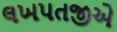
લખપતજીએ